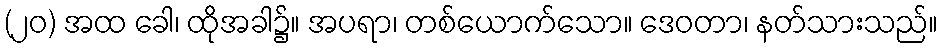
(၂၀) အထ ခေါ၊ ထိုအခါ၌။ အပရာ၊ တစ်ယောက်သော။ ဒေဝတာ၊ နတ်သားသည်။